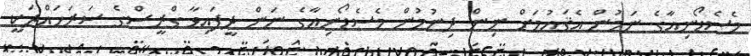
މެސެޑޯނިއާގެ ނަމުން އެޤައުމަށް ނިން ދިނުމުން މެސެޑޯނިއާގެ ނަން ދީފައިވާ ގްރީސްގެ ސަރަހައްދަކީ